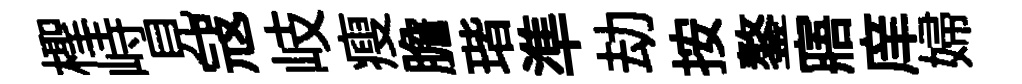
檉峙見冦岐瘦膽瑎準劫按鏊寤庠婦